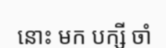
នោះ មក បក្សី ចាំ